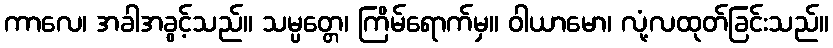
ကာလေ၊ အခါအခွင့်သည်။ သမ္ပတ္တေ၊ ကြိမ်ရောက်မှ။ ဝါယာမော၊ လုံ့လထုတ်ခြင်းသည်။